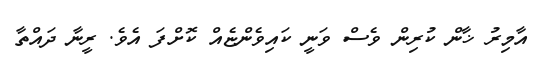
އާމިރު ޚާން ކުރިން ވެސް ވަނީ ކައިވެންޏެއް ކޮށްފަ އެވެ. ރީނާ ދައްތާ